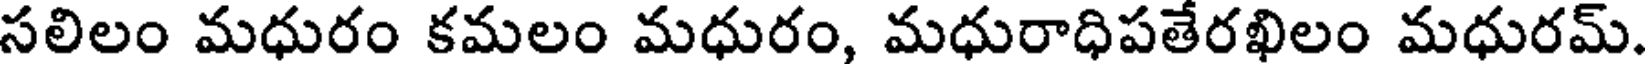
సలిలం మధురం కమలం మధురం, మధురాధిపతేరఖిలం మధురమ్.